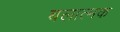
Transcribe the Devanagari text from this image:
बलात्मक